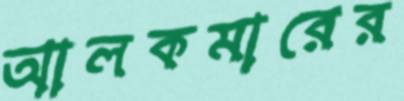
আলকমারের